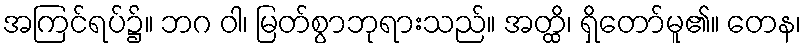
အကြင်ရပ်၌။ ဘဂ ဝါ၊ မြတ်စွာဘုရားသည်။ အတ္ထိ၊ ရှိတော်မူ၏။ တေန၊